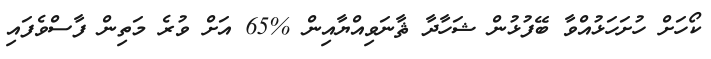
ކޯހަށް ހުށަހަޅުއްވާ ބޭފުޅުން ޝަހާދާ ޘާނަވިއްޔާއިން %65 އަށް ވުރެ މަތިން ފާސްވެފައި